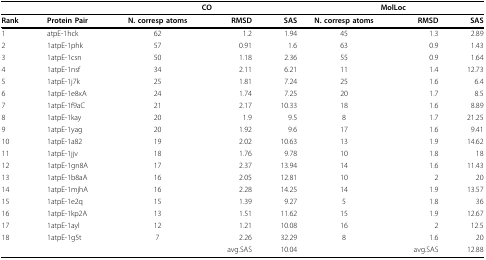
<table><thead><tr><td></td><td></td><td colspan="3"><b>CO</b></td><td colspan="3"><b>MolLoc</b></td></tr></thead><tbody><tr><td><b>Rank</b></td><td><b>Protein Pair</b></td><td><b>N. corresp atoms</b></td><td><b>RMSD</b></td><td><b>SAS</b></td><td><b>N. corresp atoms</b></td><td><b>RMSD</b></td><td><b>SAS</b></td></tr><tr><td>1</td><td>atpE-1hck</td><td>62</td><td>1.2</td><td>1.94</td><td>45</td><td>1.3</td><td>2.89</td></tr><tr><td>2</td><td>1atpE-1phk</td><td>57</td><td>0.91</td><td>1.6</td><td>63</td><td>0.9</td><td>1.43</td></tr><tr><td>3</td><td>1atpE-1csn</td><td>50</td><td>1.18</td><td>2.36</td><td>55</td><td>0.9</td><td>1.64</td></tr><tr><td>4</td><td>1atpE-1nsf</td><td>34</td><td>2.11</td><td>6.21</td><td>11</td><td>1.4</td><td>12.73</td></tr><tr><td>5</td><td>1atpE-1j7k</td><td>25</td><td>1.81</td><td>7.24</td><td>25</td><td>1.6</td><td>6.4</td></tr><tr><td>6</td><td>1atpE-1e8xA</td><td>24</td><td>1.74</td><td>7.25</td><td>20</td><td>1.7</td><td>8.5</td></tr><tr><td>7</td><td>1atpE-1f9aC</td><td>21</td><td>2.17</td><td>10.33</td><td>18</td><td>1.6</td><td>8.89</td></tr><tr><td>8</td><td>1atpE-1kay</td><td>20</td><td>1.9</td><td>9.5</td><td>8</td><td>1.7</td><td>21.25</td></tr><tr><td>9</td><td>1atpE-1yag</td><td>20</td><td>1.92</td><td>9.6</td><td>17</td><td>1.6</td><td>9.41</td></tr><tr><td>10</td><td>1atpE-1a82</td><td>19</td><td>2.02</td><td>10.63</td><td>13</td><td>1.9</td><td>14.62</td></tr><tr><td>11</td><td>1atpE-1jjv</td><td>18</td><td>1.76</td><td>9.78</td><td>10</td><td>1.8</td><td>18</td></tr><tr><td>12</td><td>1atpE-1gn8A</td><td>17</td><td>2.37</td><td>13.94</td><td>14</td><td>1.6</td><td>11.43</td></tr><tr><td>13</td><td>1atpE-1b8aA</td><td>16</td><td>2.05</td><td>12.81</td><td>10</td><td>2</td><td>20</td></tr><tr><td>14</td><td>1atpE-1mjhA</td><td>16</td><td>2.28</td><td>14.25</td><td>14</td><td>1.9</td><td>13.57</td></tr><tr><td>15</td><td>1atpE-1e2q</td><td>15</td><td>1.39</td><td>9.27</td><td>5</td><td>1.8</td><td>36</td></tr><tr><td>16</td><td>1atpE-1kp2A</td><td>13</td><td>1.51</td><td>11.62</td><td>15</td><td>1.9</td><td>12.67</td></tr><tr><td>17</td><td>1atpE-1ayl</td><td>12</td><td>1.21</td><td>10.08</td><td>16</td><td>2</td><td>12.5</td></tr><tr><td>18</td><td>1atpE-1g5t</td><td>7</td><td>2.26</td><td>32.29</td><td>8</td><td>1.6</td><td>20</td></tr><tr><td></td><td></td><td></td><td>avg.SAS</td><td>10.04</td><td></td><td>avg.SAS</td><td>12.88</td></tr></tbody></table>